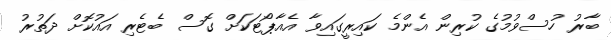
ބާރު ހުސްވުމުގެ ކުރިން އެންމެ ކައިރީގައިވާ އެއާޕޯޓަކަށް ގޮސް ބެޓެރި އައުކޮށް ދަތުރު